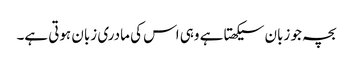
بچہ جو زبان سیکھتا ہے وہی اس کی مادری زبان ہوتی ہے۔